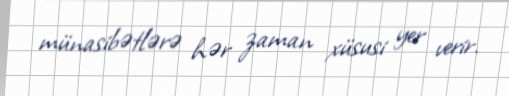
münasibətlərə hər zaman xüsusi yer verir.